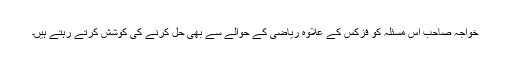
خواجہ صاحب اس مسئلہ کو فزکس کے علاوہ ریاضی کے حوالے سے بھی حل کرنے کی کوشش کرتے رہتے ہیں۔